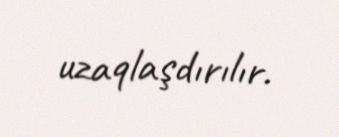
uzaqlaşdırılır.